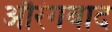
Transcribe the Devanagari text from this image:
औरंगबाद